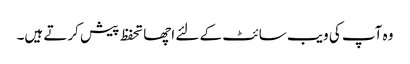
وہ آپ کی ویب سائٹ کے لئے اچھا تحفظ پیش کرتے ہیں۔